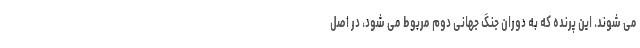
می شوند. این پرنده که به دوران جنگ جهانی دوم مربوط می شود، در اصل